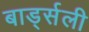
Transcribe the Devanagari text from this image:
बार्ड्सली